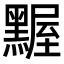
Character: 𪑱